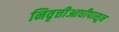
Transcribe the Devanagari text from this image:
निवृत्तीआधीपासून